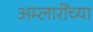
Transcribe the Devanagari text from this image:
अम्लारींच्या